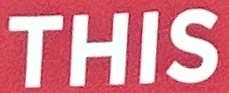
THIS